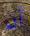
أن